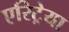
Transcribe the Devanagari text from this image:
एरिट्रेया